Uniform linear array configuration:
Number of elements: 8
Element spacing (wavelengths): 0.25
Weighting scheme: hamming
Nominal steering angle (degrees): -45
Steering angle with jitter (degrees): -46.711
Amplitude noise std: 0.05
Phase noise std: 0.05

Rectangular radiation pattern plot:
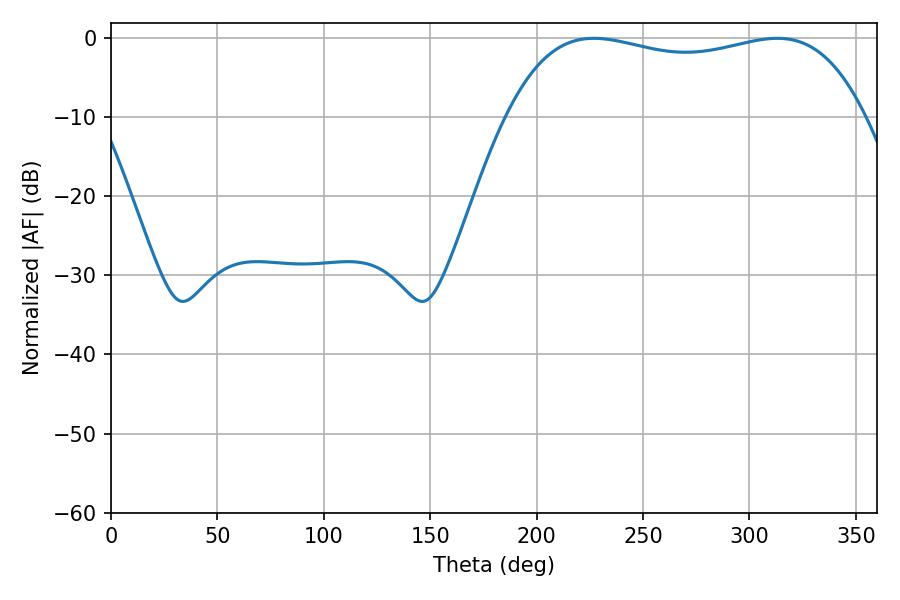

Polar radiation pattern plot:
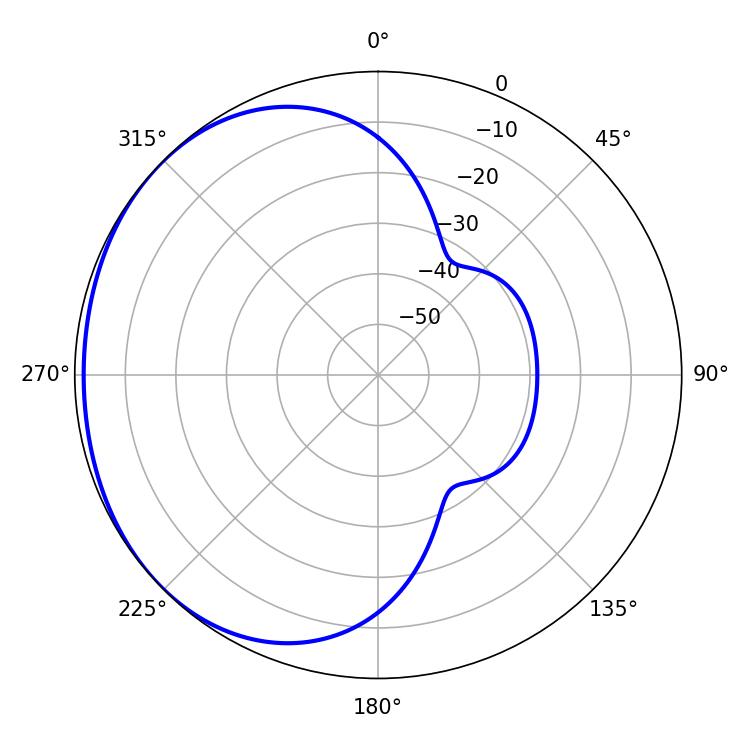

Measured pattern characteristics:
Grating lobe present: FALSE
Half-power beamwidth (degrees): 135.72
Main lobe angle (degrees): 226.98